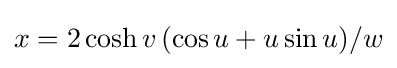
x=2\cosh v\,(\cos u+u\sin u)/w